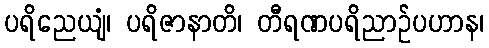
ပရိညေယျံ၊ ပရိဇာနာတိ၊ တီရဏပရိညာဉ်ပဟာန၊